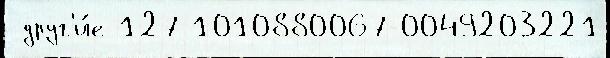
 друг'и́е 127 1010880067-0049203221